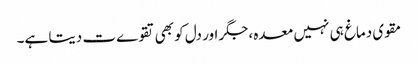
مقوی دماغ ہی نہیں معدہ ،جگر اور دل کو بھی تقوےت دیتا ہے۔